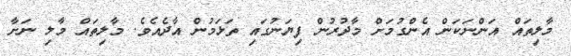
މާލިތައް އަންނަކަން އެންގުމަށް މާދުރުން ފިޔަނުގައި ތަޅަމުން އާދެއެވެ. މާލިތައް މާލި ނަށާ